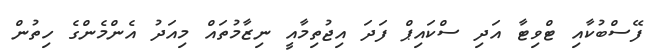
ފޭސްބުކާއި ޓްވިޓާ އަދި ސްކައިޕް ފަދަ އިޖުތިމާއީ ނިޒާމުތައް މިއަދު އެންމެންގެ ހިތުން